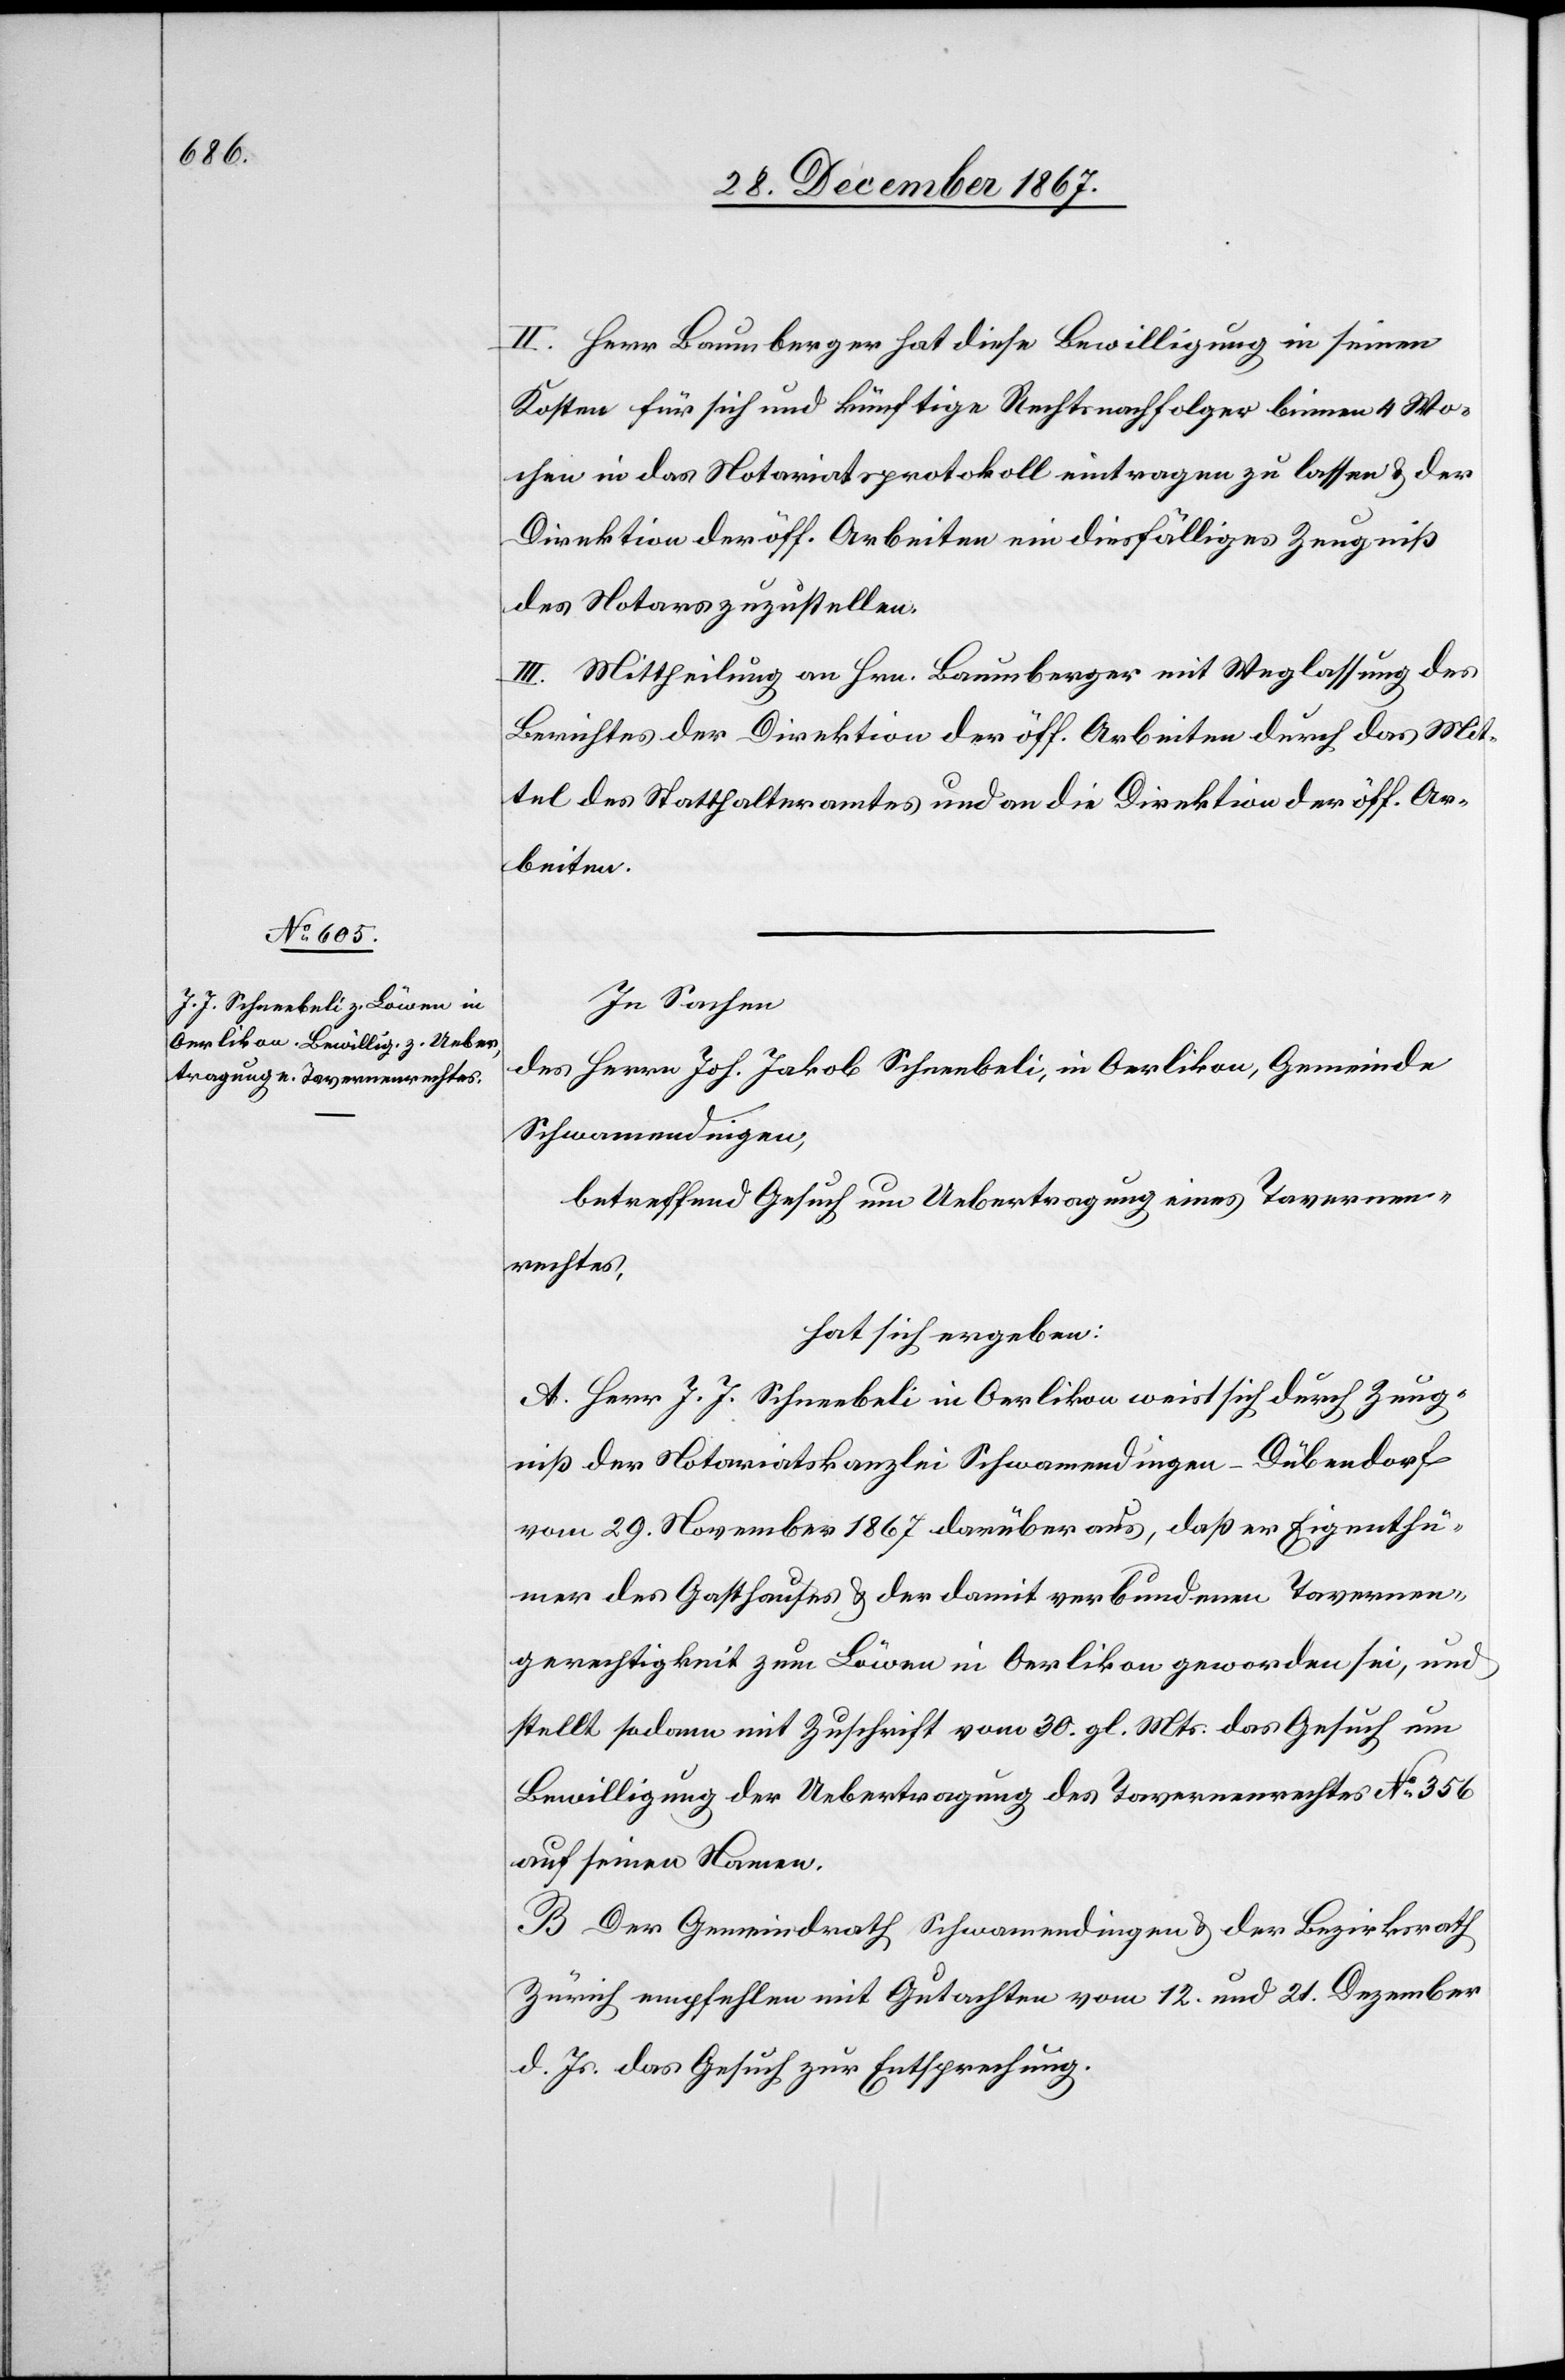
II. Herr Baumberger hat diese Bewilligung in seinen
Kosten für sich und künftige Rechtsnachfolger binnen 4 Wo¬
chen in das Notariatsprotokoll eintragen zu lassen u. der
Direktion der öff. Arbeiten ein diesfälliges Zeugniß
des Notars zuzustellen.
III. Mittheilung an Hrn. Baumberger mit Weglassung des
Berichtes der Direktion der öff. Arbeiten durch das Mit¬
tel des Statthalteramtes und an die Direktion der öff. Ar¬
beiten.
In Sachen
des Hrrn. Joh. Jakob Schneebeli, in Oerlikon, Gemeine
Schwamendingen,
betreffend Gesuch um Uebertragung eines Tavernen¬
rechtes,
hat sich ergeben:
A. Herr J. J. Schneebeli in Oerlikon weist sich durch Zeug¬
niß der Notariatskanzlei Schwamendingen-Dübendorf
vom 29. November 1867 darüber aus, daß er Eigenthü¬
mer des Gasthauses u. der damit verbundenen Tavernen¬
gerechtigkeit zum Löwen in Oerlikon geworden sei, und
stellt sodann mit Zuschrift vom 30. gl. Mts. das Gesuch um
Bewilligung der Uebertragung des Tavernenrechtes No. 356
auf seinen Namen.
B. Der Gemeindrath Schwamendingen u. der Bezirksrath
Zürich empfehlen mit Gutachten vom 12. und 21. Dezember
d. Js. das Gesuch zu Entsprechung.